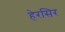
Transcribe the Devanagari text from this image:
हेरसिर